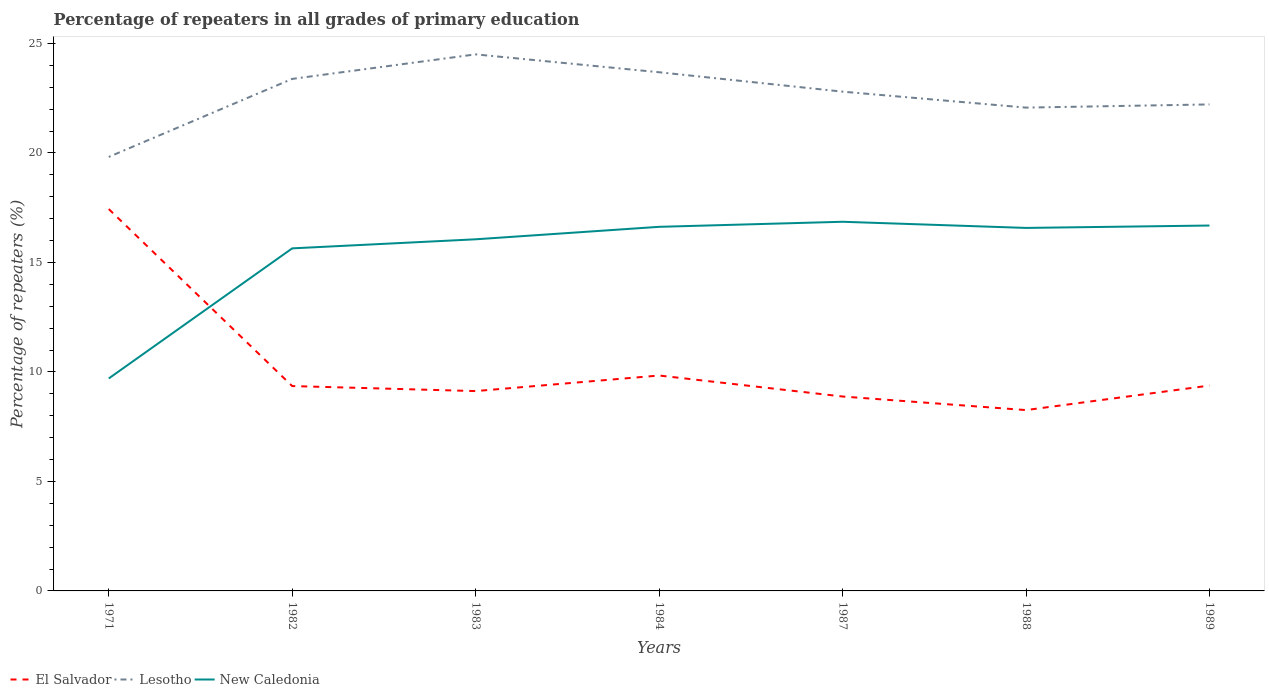
| Years | El Salvador | Lesotho | New Caledonia |
 | --- | --- | --- | --- |
 | 1971 | 17.4 | 19.8 | 9.7 |
 | 1982 | 9.35 | 23.4 | 15.6 |
 | 1983 | 9.12 | 24.5 | 16.1 |
 | 1984 | 9.84 | 23.7 | 16.6 |
 | 1987 | 8.88 | 22.8 | 16.9 |
 | 1988 | 8.26 | 22.1 | 16.6 |
 | 1989 | 9.38 | 22.2 | 16.7 |